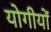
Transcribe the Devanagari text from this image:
योगीयों